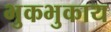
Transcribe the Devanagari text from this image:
भुकभुकाय